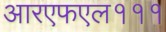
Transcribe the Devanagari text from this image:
आरएफएल१११